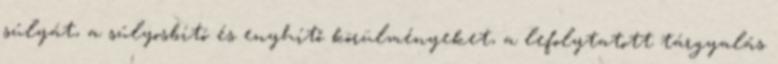
súlyát, a súlyosbító és enyhítő körülményeket, a lefolytatott tárgyalás